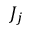
J _ { j }